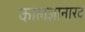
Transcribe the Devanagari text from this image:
कालज्ञानारद